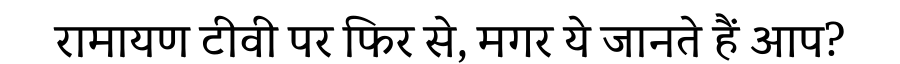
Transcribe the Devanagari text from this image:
रामायण टीवी पर फिर से, मगर ये जानते हैं आप?